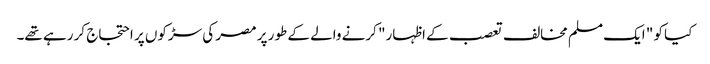
کیا کو " ایک مسلم مخالف تعصب کے اظہار" کرنے والے کے طور پر مصر کی سڑکوں پر احتجاج کر رہے تھے۔